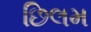
છિલમ